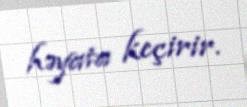
həyata keçirir.